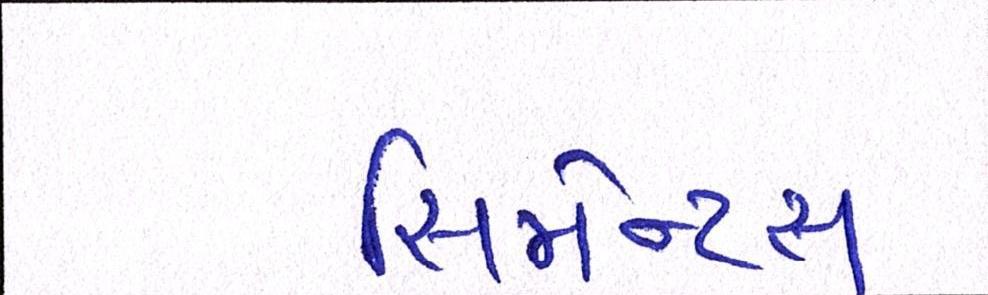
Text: સિમેન્ટ્સ